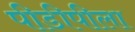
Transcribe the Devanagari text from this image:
पीडीपीला